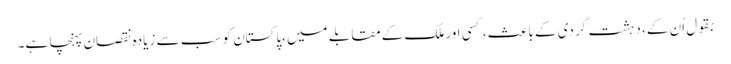
بقول اُن کے، دہشت گردی کے باعث، کسی اور ملک کےمقابلے میں،پاکستان کو سب سے زیادہ نقصان پہنچا ہے۔